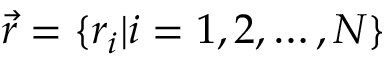
\Vec { r } = \{ r _ { i } | i = 1 , 2 , \dots , N \}